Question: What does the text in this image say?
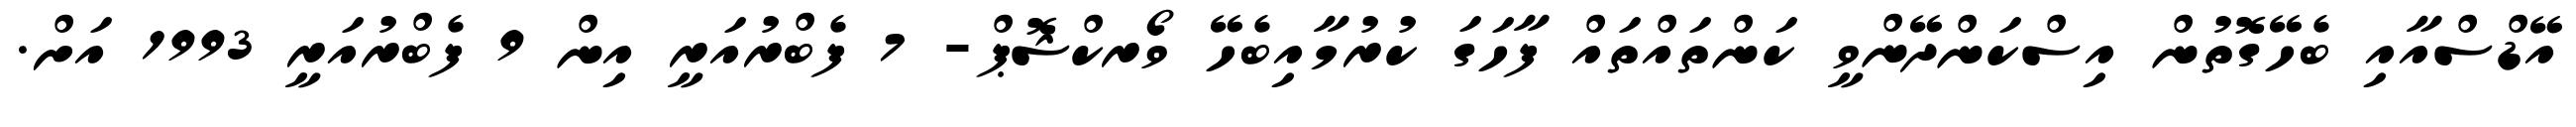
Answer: އޭޑްސްއާއި ބެހޭގޮތުން އިސްކަންދޭންވީ ކަންތައްތައް ފާހަގަ ކުރުމާއިބެހޭ ވޯރކްޝޮޕް- 7 ފެބްރުއަރީ އިން 9 ފެބްރުއަރީ 1993 އަށް.